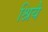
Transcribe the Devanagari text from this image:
श्रियै